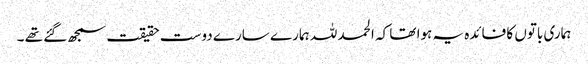
ہماری باتوں کا فائدہ یہ ہوا تھا کہ الحمد للہ ہمارے سارے دوست حقیقت سمجھ گئے تھے ۔